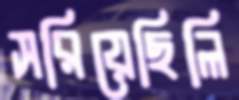
সরিয়েছিলি